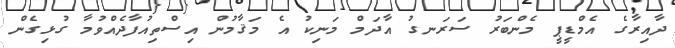
ދާއިރާގެ އެމްޑީޕީ މެންބަރު ސަރަނގު އާދަމް މަނިކު އެ މަޤާމުން އިސްތިއުފާދެއްވުމާ ގުޅިގެން